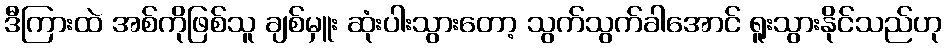
ဒီကြားထဲ အစ်ကိုဖြစ်သူ ချစ်မှူး ဆုံးပါးသွားတော့ သွက်သွက်ခါအောင် ရူးသွားနိုင်သည်ဟု